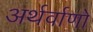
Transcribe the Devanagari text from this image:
अर्थर्वाणो